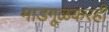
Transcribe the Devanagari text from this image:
माडगूळकरही